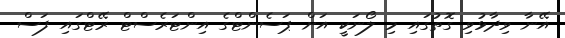
އޭނާ ވިދާޅުވި ގޮތުގައި މި ލޯނަކީ އަށް ޕަސެންޓްގެ އިންޓަރެސްޓް ރޭޓްގައި ފަސް